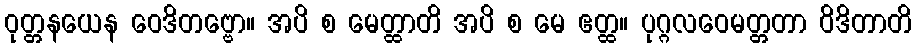
ဝုတ္တနယေန ဝေဒိတဗ္ဗော။ အပိ စ မေတ္ထာတိ အပိ စ မေ ဧတ္ထ။ ပုဂ္ဂလဝေမတ္တတာ ဝိဒိတာတိ